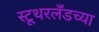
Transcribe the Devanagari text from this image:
स्टूथरलँडच्या